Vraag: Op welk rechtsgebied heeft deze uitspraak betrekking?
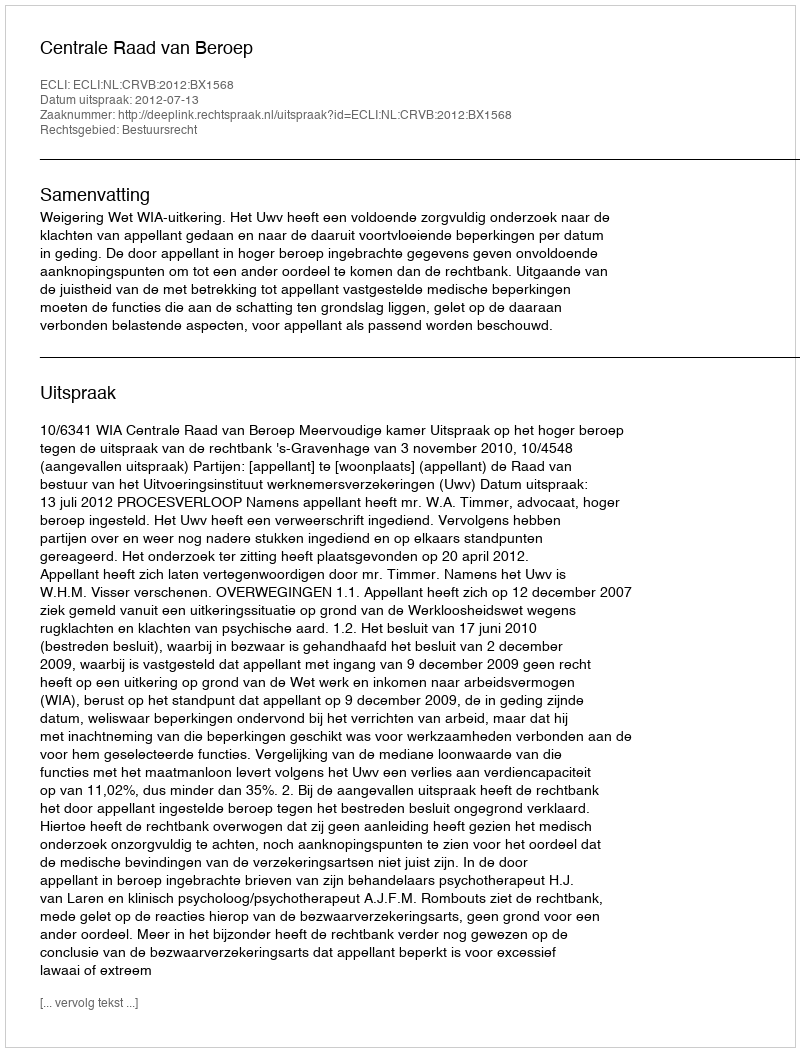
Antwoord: Bestuursrecht